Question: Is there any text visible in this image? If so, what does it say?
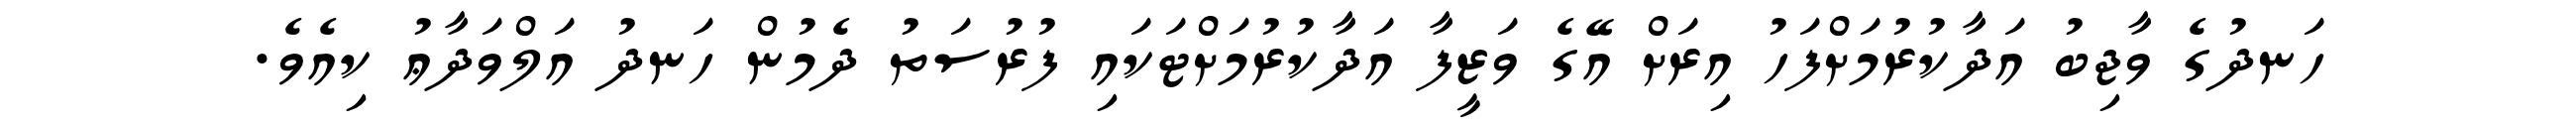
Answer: ހަނދުގެ ވާޖިބު އަދާކުރުމަށްފަހު އިރަށް އޭގެ ވަޒީފާ އަދާކުރުމަށްޓަކައި ފުރުސަތު ދެމުން ހަނދު އަލްވަދާޢު ކިއެވެ.